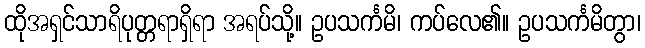
ထိုအရှင်သာရိပုတ္တရာရှိရာ အရပ်သို့။ ဥပသင်္ကမိ၊ ကပ်လေ၏။ ဥပသင်္ကမိတွာ၊